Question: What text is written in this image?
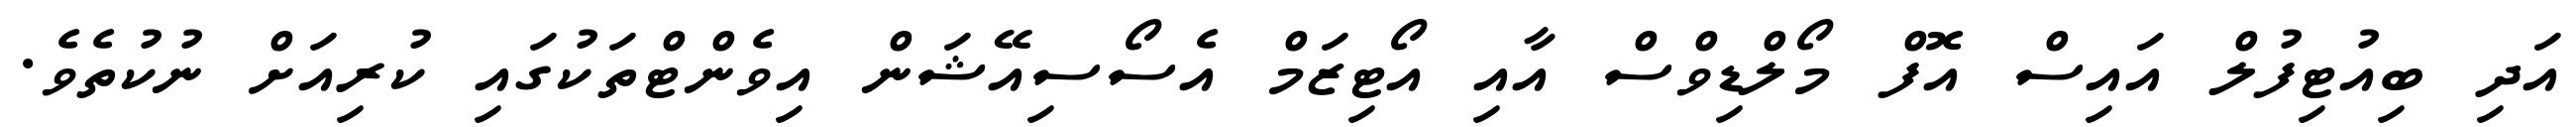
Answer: އަދި ބިއުޓިފުލް އައިސް އޮފް މޯލްޑިވްސް އާއި އޯޓިޒަމް އެސޯސިއޭޝަން އިވެންޓްތަކުގައި ކުރިއަށް ނުކުތެވެ.